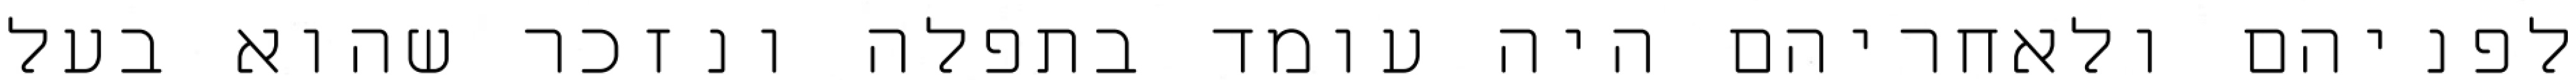
לפניהם ולאחריהם היה עומד בתפלה ונזכר שהוא בעל